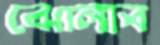
ঝোলাব